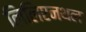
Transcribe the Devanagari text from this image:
लिलिएनथल